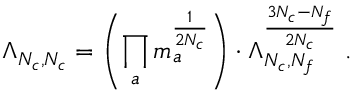
\Lambda _ { N _ { c } , N _ { c } } = \left( \prod _ { a } m _ { a } ^ { \frac 1 { 2 N _ { c } } } \right) \cdot \Lambda _ { N _ { c } , N _ { f } } ^ { \frac { 3 N _ { c } - N _ { f } } { 2 N _ { c } } } \; .